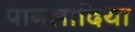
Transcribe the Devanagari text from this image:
पागलादिया